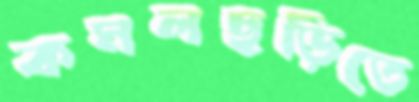
কমলছড়িতে